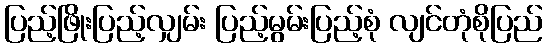
ပြည့်ဖြိုးပြည့်လျှမ်း ပြည့်မွမ်းပြည့်စုံ လျင်တုံစိုပြည်